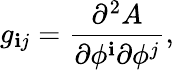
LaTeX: g_{\mathbf{i}j}=\frac{{\partial^{2}A}}{{\partial\phi^{\mathbf{i}}\partial\phi^{j}}},